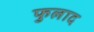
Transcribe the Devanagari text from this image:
फुलाद